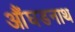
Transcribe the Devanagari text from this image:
औंघडनाथ